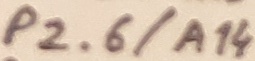
Text: P2.6/A14